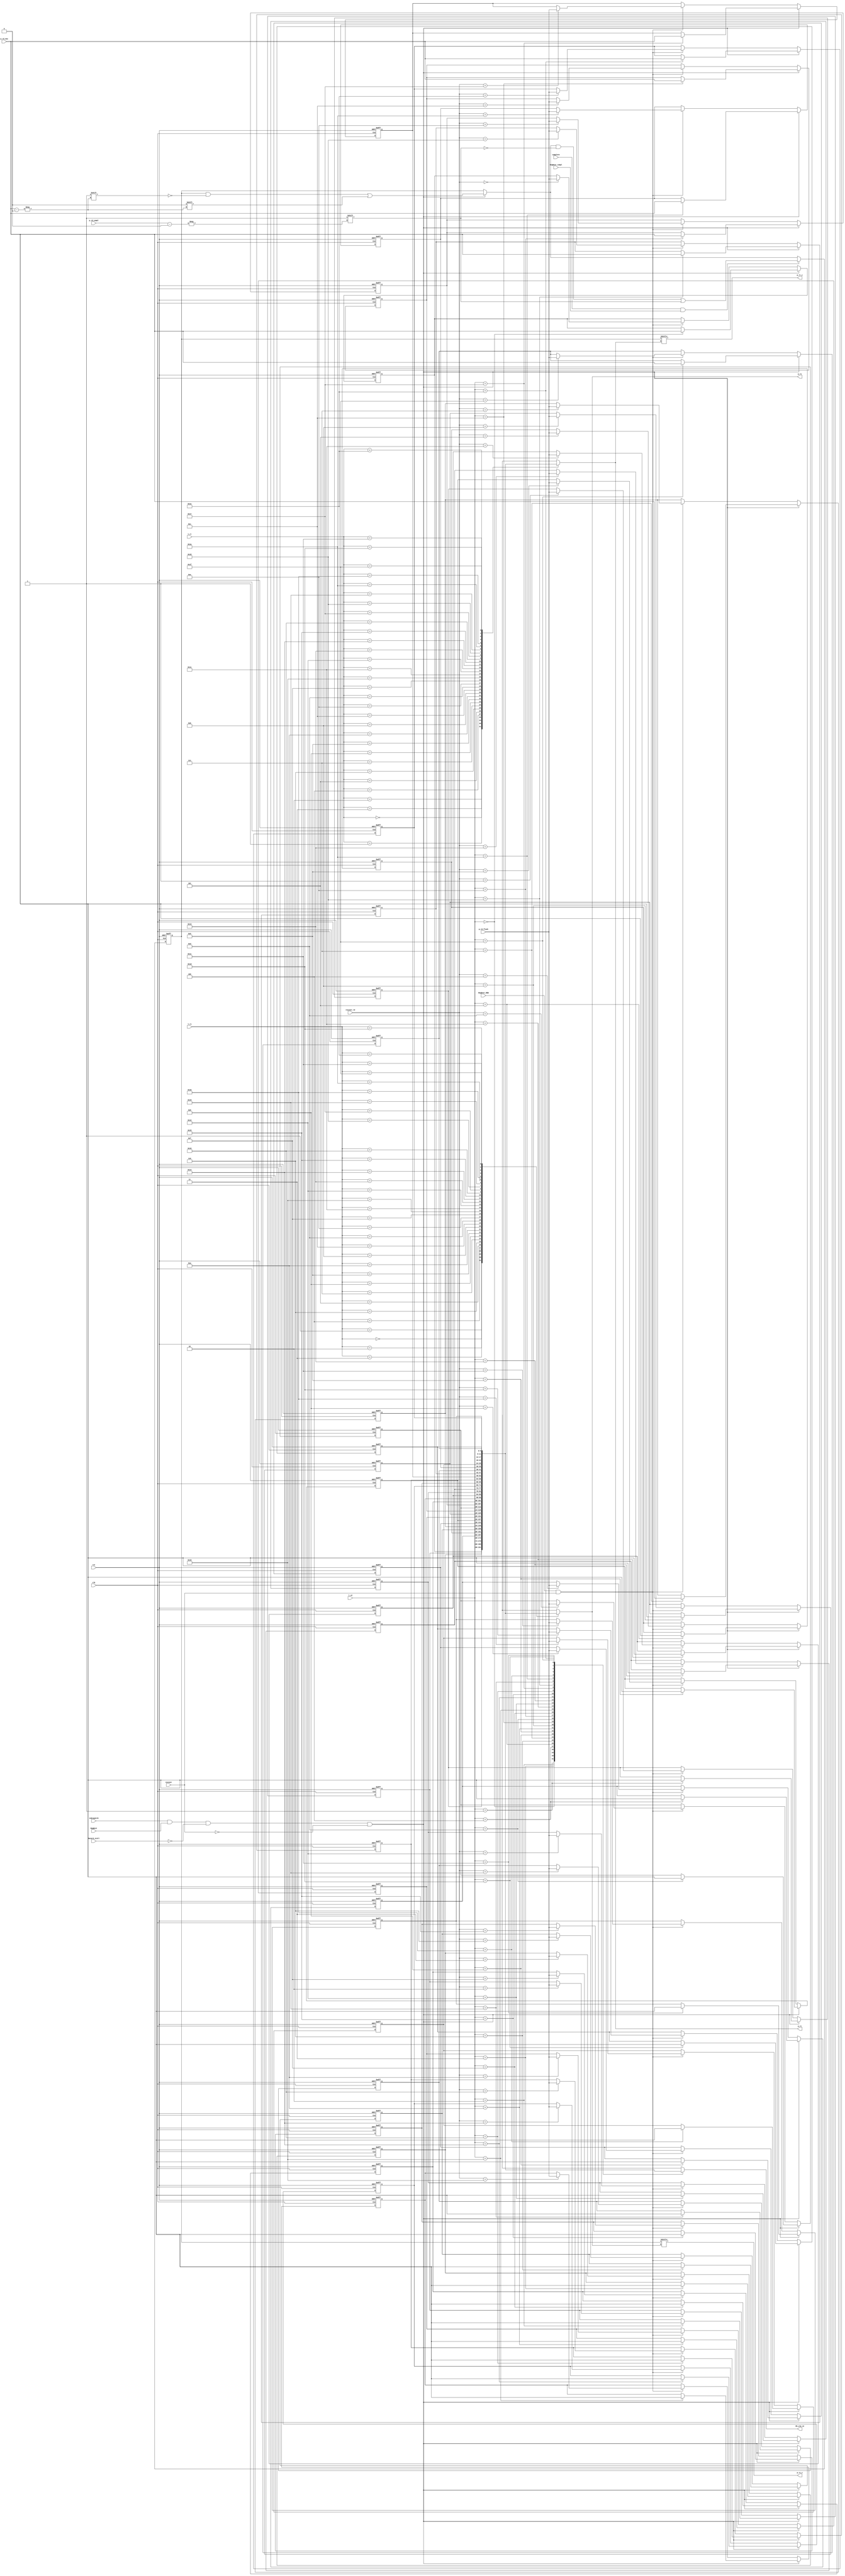
module map_table(
    output [5:0] p_rs, p_rt,
    output p_rs_v, p_rt_v,
    output [5:0] PR_old_rd,
    
    input clk, rst,
    
    input hazard_stall, //from hazard detection logic
    
    //from dispatch stage
    input isDispatch,
    input [4:0] l_rs, l_rt, l_rd,
    input RegDest,
    input [5:0] p_rd_new,

    //from recovery
    input [4:0] recover_rd,
    input [5:0] p_rd_flush,
    input recover,
    input RegDest_ROB,
    
    //from complete stage
    input [5:0] p_rd_compl,
    input complete,
    input RegDest_compl  
);

reg [5:0] mt [0:31];
reg [63:0] PR_valid;  //logically separate with map table

/////////////////////////////////writing/reading map table////////////////////////////
wire write_new_rd;
integer i;

assign write_new_rd = isDispatch && RegDest && !hazard_stall && !recover;

always @(posedge clk or negedge rst) begin
    if (!rst) begin                             //initial begin
        for (i = 0; i < 32; i = i + 1) begin
            mt[i] <= i;
        end
    end
    else if (write_new_rd)
        mt[l_rd] <= p_rd_new;
    else if (RegDest_ROB && recover) 
        mt[recover_rd] <= p_rd_flush;     
end

assign p_rs = mt[l_rs];
assign p_rt = mt[l_rt];
assign PR_old_rd = mt[l_rd];  
/////////////////////////////valid array/////////////////////////////////

always @(posedge clk or negedge rst) begin
    if (!rst) begin
        PR_valid <= 64'hFFFFFFFFFFFFFFFF;
    end
    else begin
        if (write_new_rd)
            PR_valid[p_rd_new] <= 1'b0;  
        if (complete && RegDest_compl)  //it should be ok during recovery because if complete is 1, the valid will be set to 1 several times, finally it will
            PR_valid[p_rd_compl] <= 1'b1; //be 1
   end
end

assign p_rs_v = PR_valid[p_rs];
assign p_rt_v = PR_valid[p_rt];     

endmodule